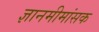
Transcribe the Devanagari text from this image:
ज्ञानमीमांसक